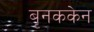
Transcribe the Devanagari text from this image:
बृनककेन